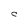
Character: C